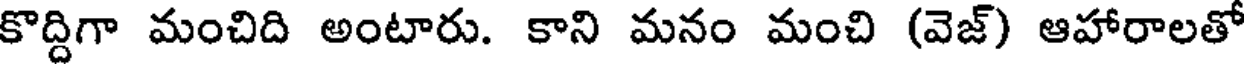
కొద్దిగా మంచిది అంటారు. కాని మనం మంచి (వెజ్) ఆహారాలతో